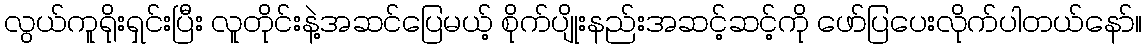
လွယ်ကူရိုးရှင်းပြီး လူတိုင်းနဲ့အဆင်ပြေမယ့် စိုက်ပျိုးနည်းအဆင့်ဆင့်ကို ဖော်ပြပေးလိုက်ပါတယ်နော်။